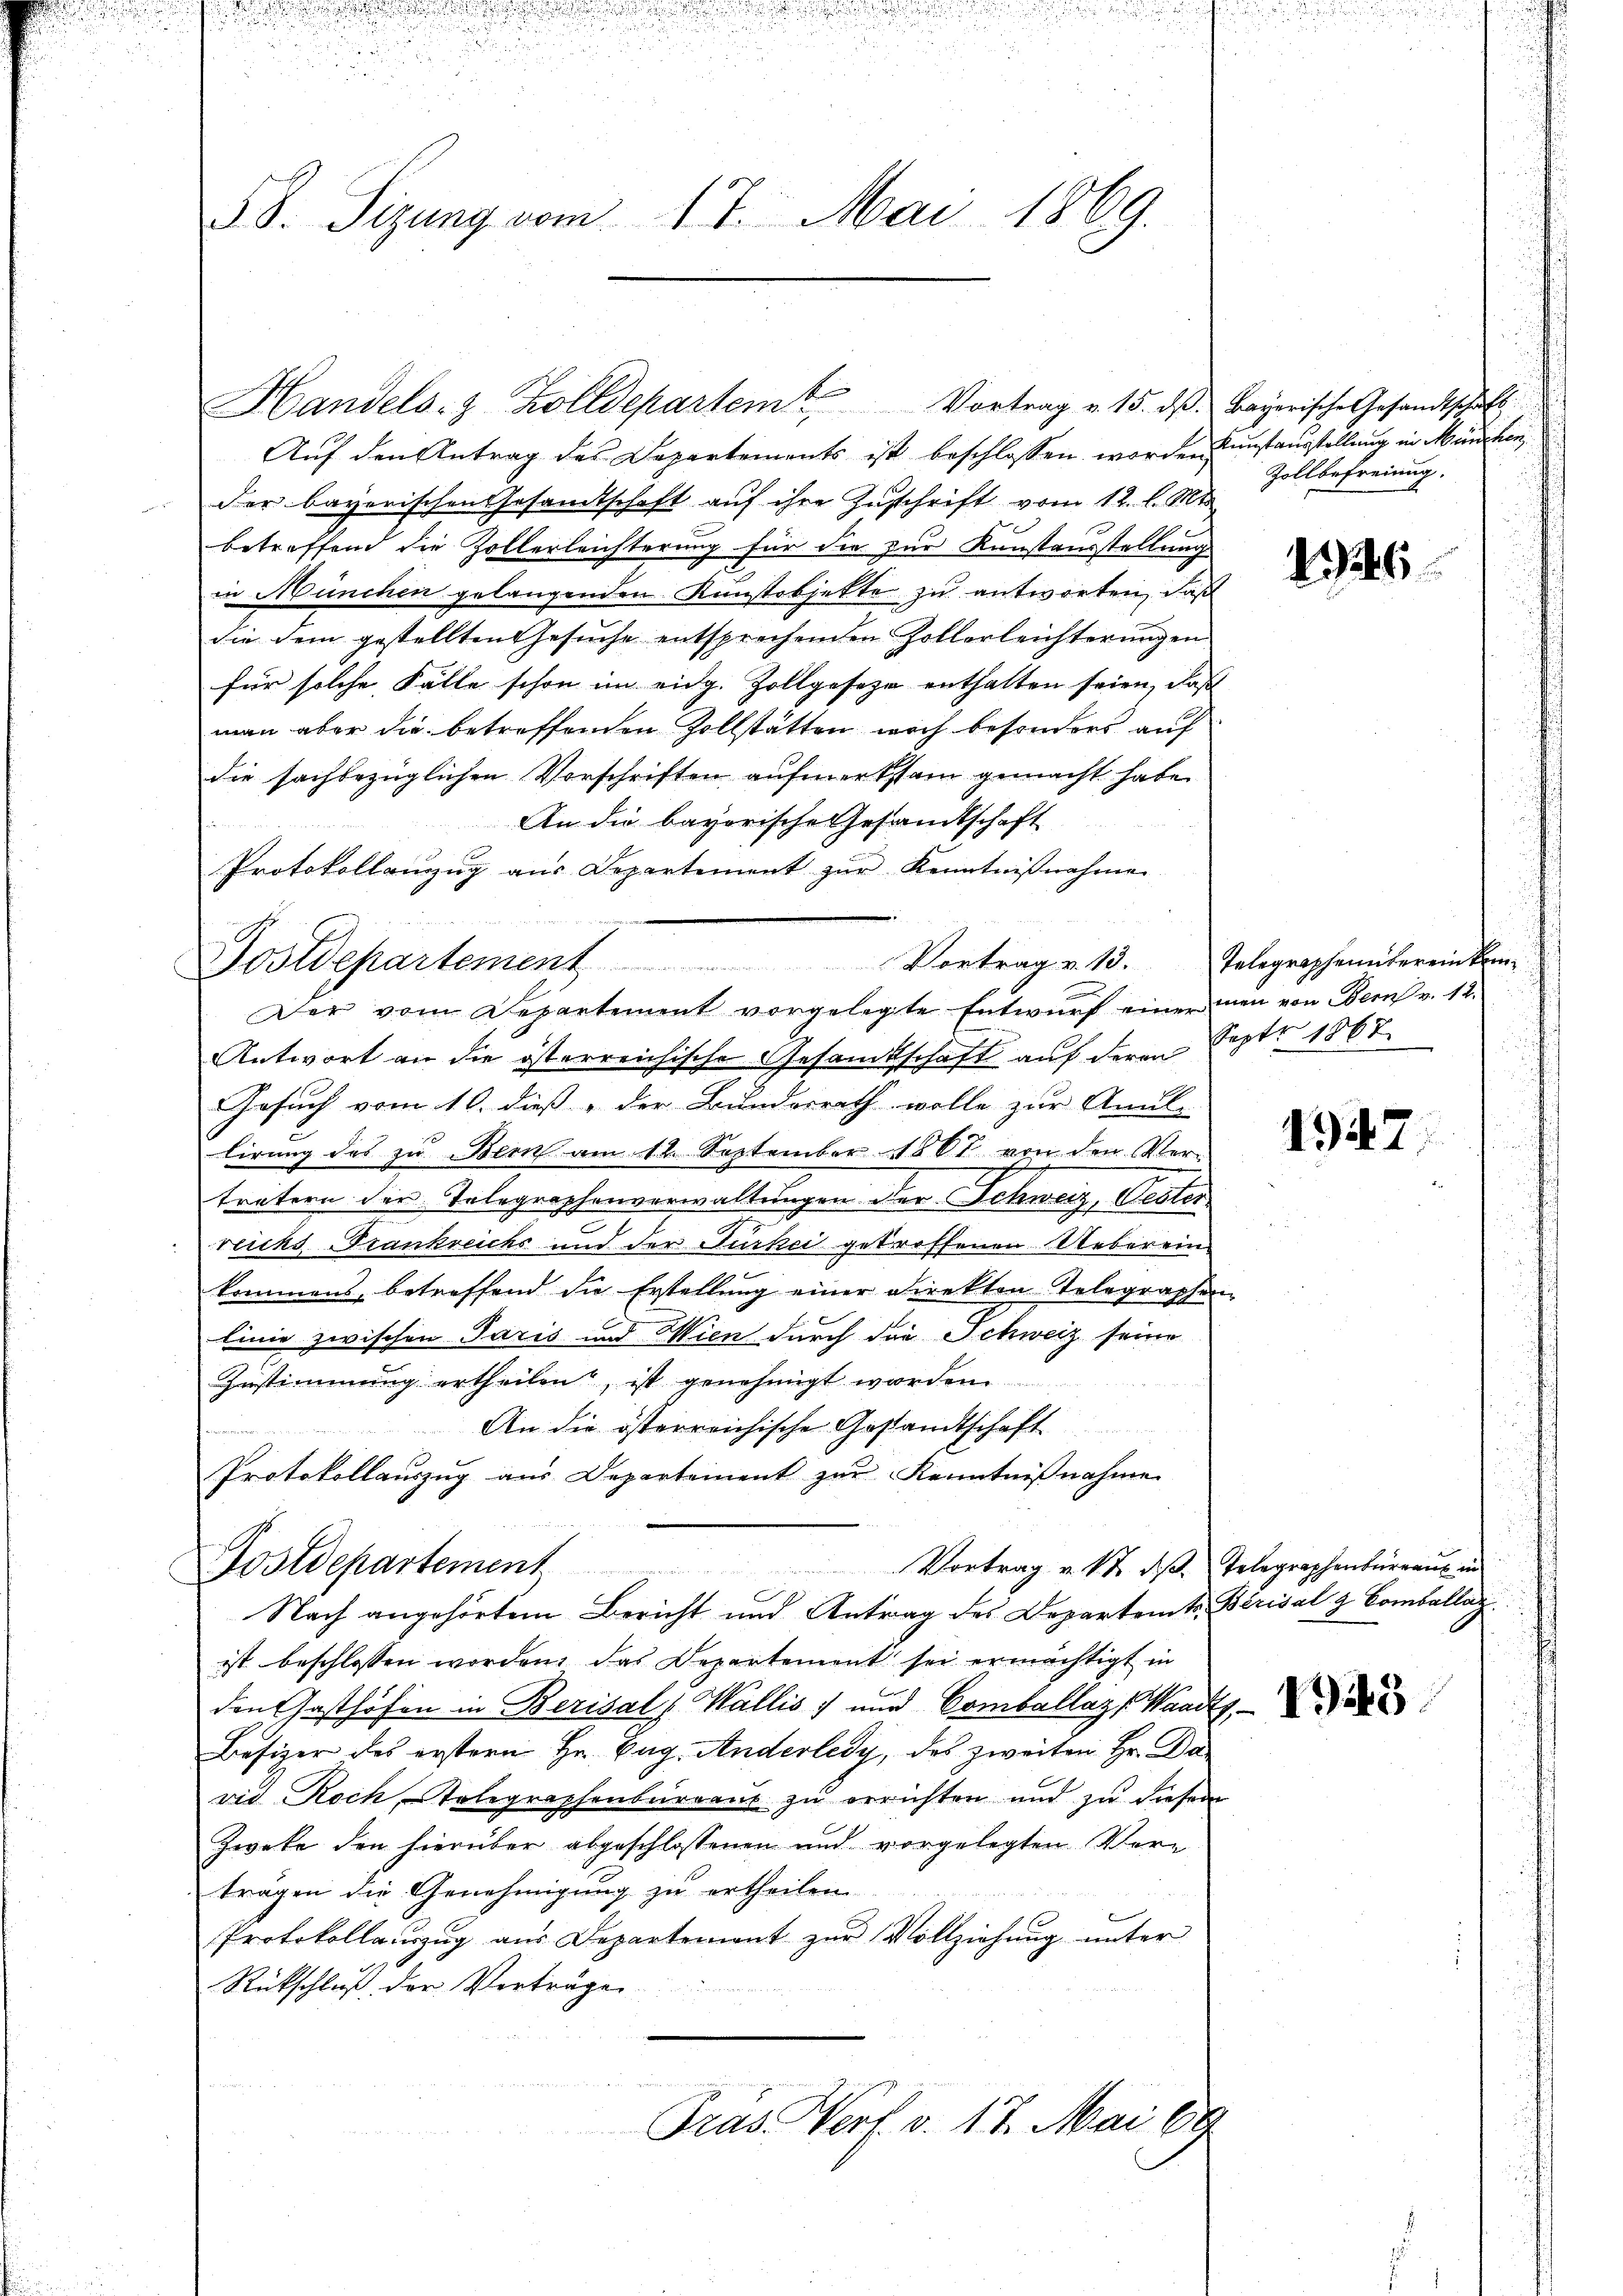
58. Sizung vom 17. Mai 1869.

Handels- & Zolldepartem Vortrag v. 15. ds. Bayerische Gesandtschaft

Auf den Antrag des Departements ist beschlossen worden Kunstausstellung in Manchen,
der bayerischen Gesandtschaft auf ihre Zuschrift vom 12. l. Mts.
betreffend die Zollerleichterung für die zur Kunstausstellung
in München gelangenden Kunstobjette zu antworten, daß
die dem gestellten Gesuche entsprechenden Zollerleichterungen
für solche Fälle schon im eidg. Zollgeseze enthalten seien, daß
man aber die betreffenden Zollstätten woch besonders auf
die sachbezüglichen Vorschriften aufmerksam gemacht habe.
An die bayorische Gesandtschaft
Protokollanzug aus Departement zur Kenntnißnahmen.
Postdepartement Vortrag v. 13. Telegraphenbereinkom-
Der vom Departement vorgelegte Entwŭrf einer men von Bern v. 12.
Antwort an die österreichische Gesandtschaft auf deren Sept. 1867
Gesuch vom 10. dieß der Bundesrath wolle zur Anul-
lirung des zu Bern am 12. September 1867 von den Ver-
trätern der Telegraphenverwaltungen der Schweiz, Gesterreichs Trankreichs und der Jurkei getroffenen Ueberein
kommens, betreffend die Erstellung einer Direkten Telegraphen-
linie zwischen Paris und Wien durch die Schweiz seine
Zustimmung ertheilen, ist genehmigt worden.
An die österreichische Gestandtschaft
 777 3
Protokollauszug aus Departement zur Kenntnißnahme

Postdepartement Vortrag u. 12. dβ. Telegraphenbüreaŭs in
Nach angehörtem Bericht und Antrag des Departamts Berisal & Comballaz

ist beschlossen worden, das Departement sei ermächtigt in
den Gasthöfen in Berisal (Wallis) und Comballaz Waadt,
Besizer des erstern Hr. Pag. Anderledy, des zweiten Hr. David Koch, telegraphenbureaus zu errichten und zu diesem
Zweke den hierüber abgeschlossenen und vorgelegten Vorträgen die Genehmigung zu ertheilen
Protokollaŭszŭg aŭs Departement zŭr Vollziehŭng ŭnter
Rückschluß der Vorträge
Präs. Norf. v. 17. Mai 19

Zollbefreiung.

46

1947

15